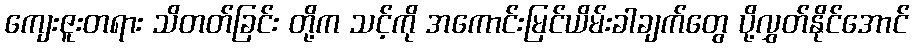
ကျေးဇူးတရား သိတတ်ခြင်း တို့က သင့်ကို အကောင်းမြင်ယိမ်းခါချက်တွေ ပို့လွှတ်နိုင်အောင်